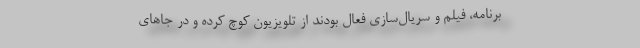
برنامه‌، فیلم و سریال‌سازی فعال بودند از تلویزیون کوچ کرده و در جاهای